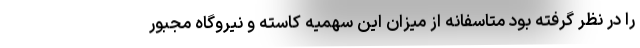
را در نظر گرفته بود متاسفانه از میزان این سهمیه کاسته و نیروگاه مجبور